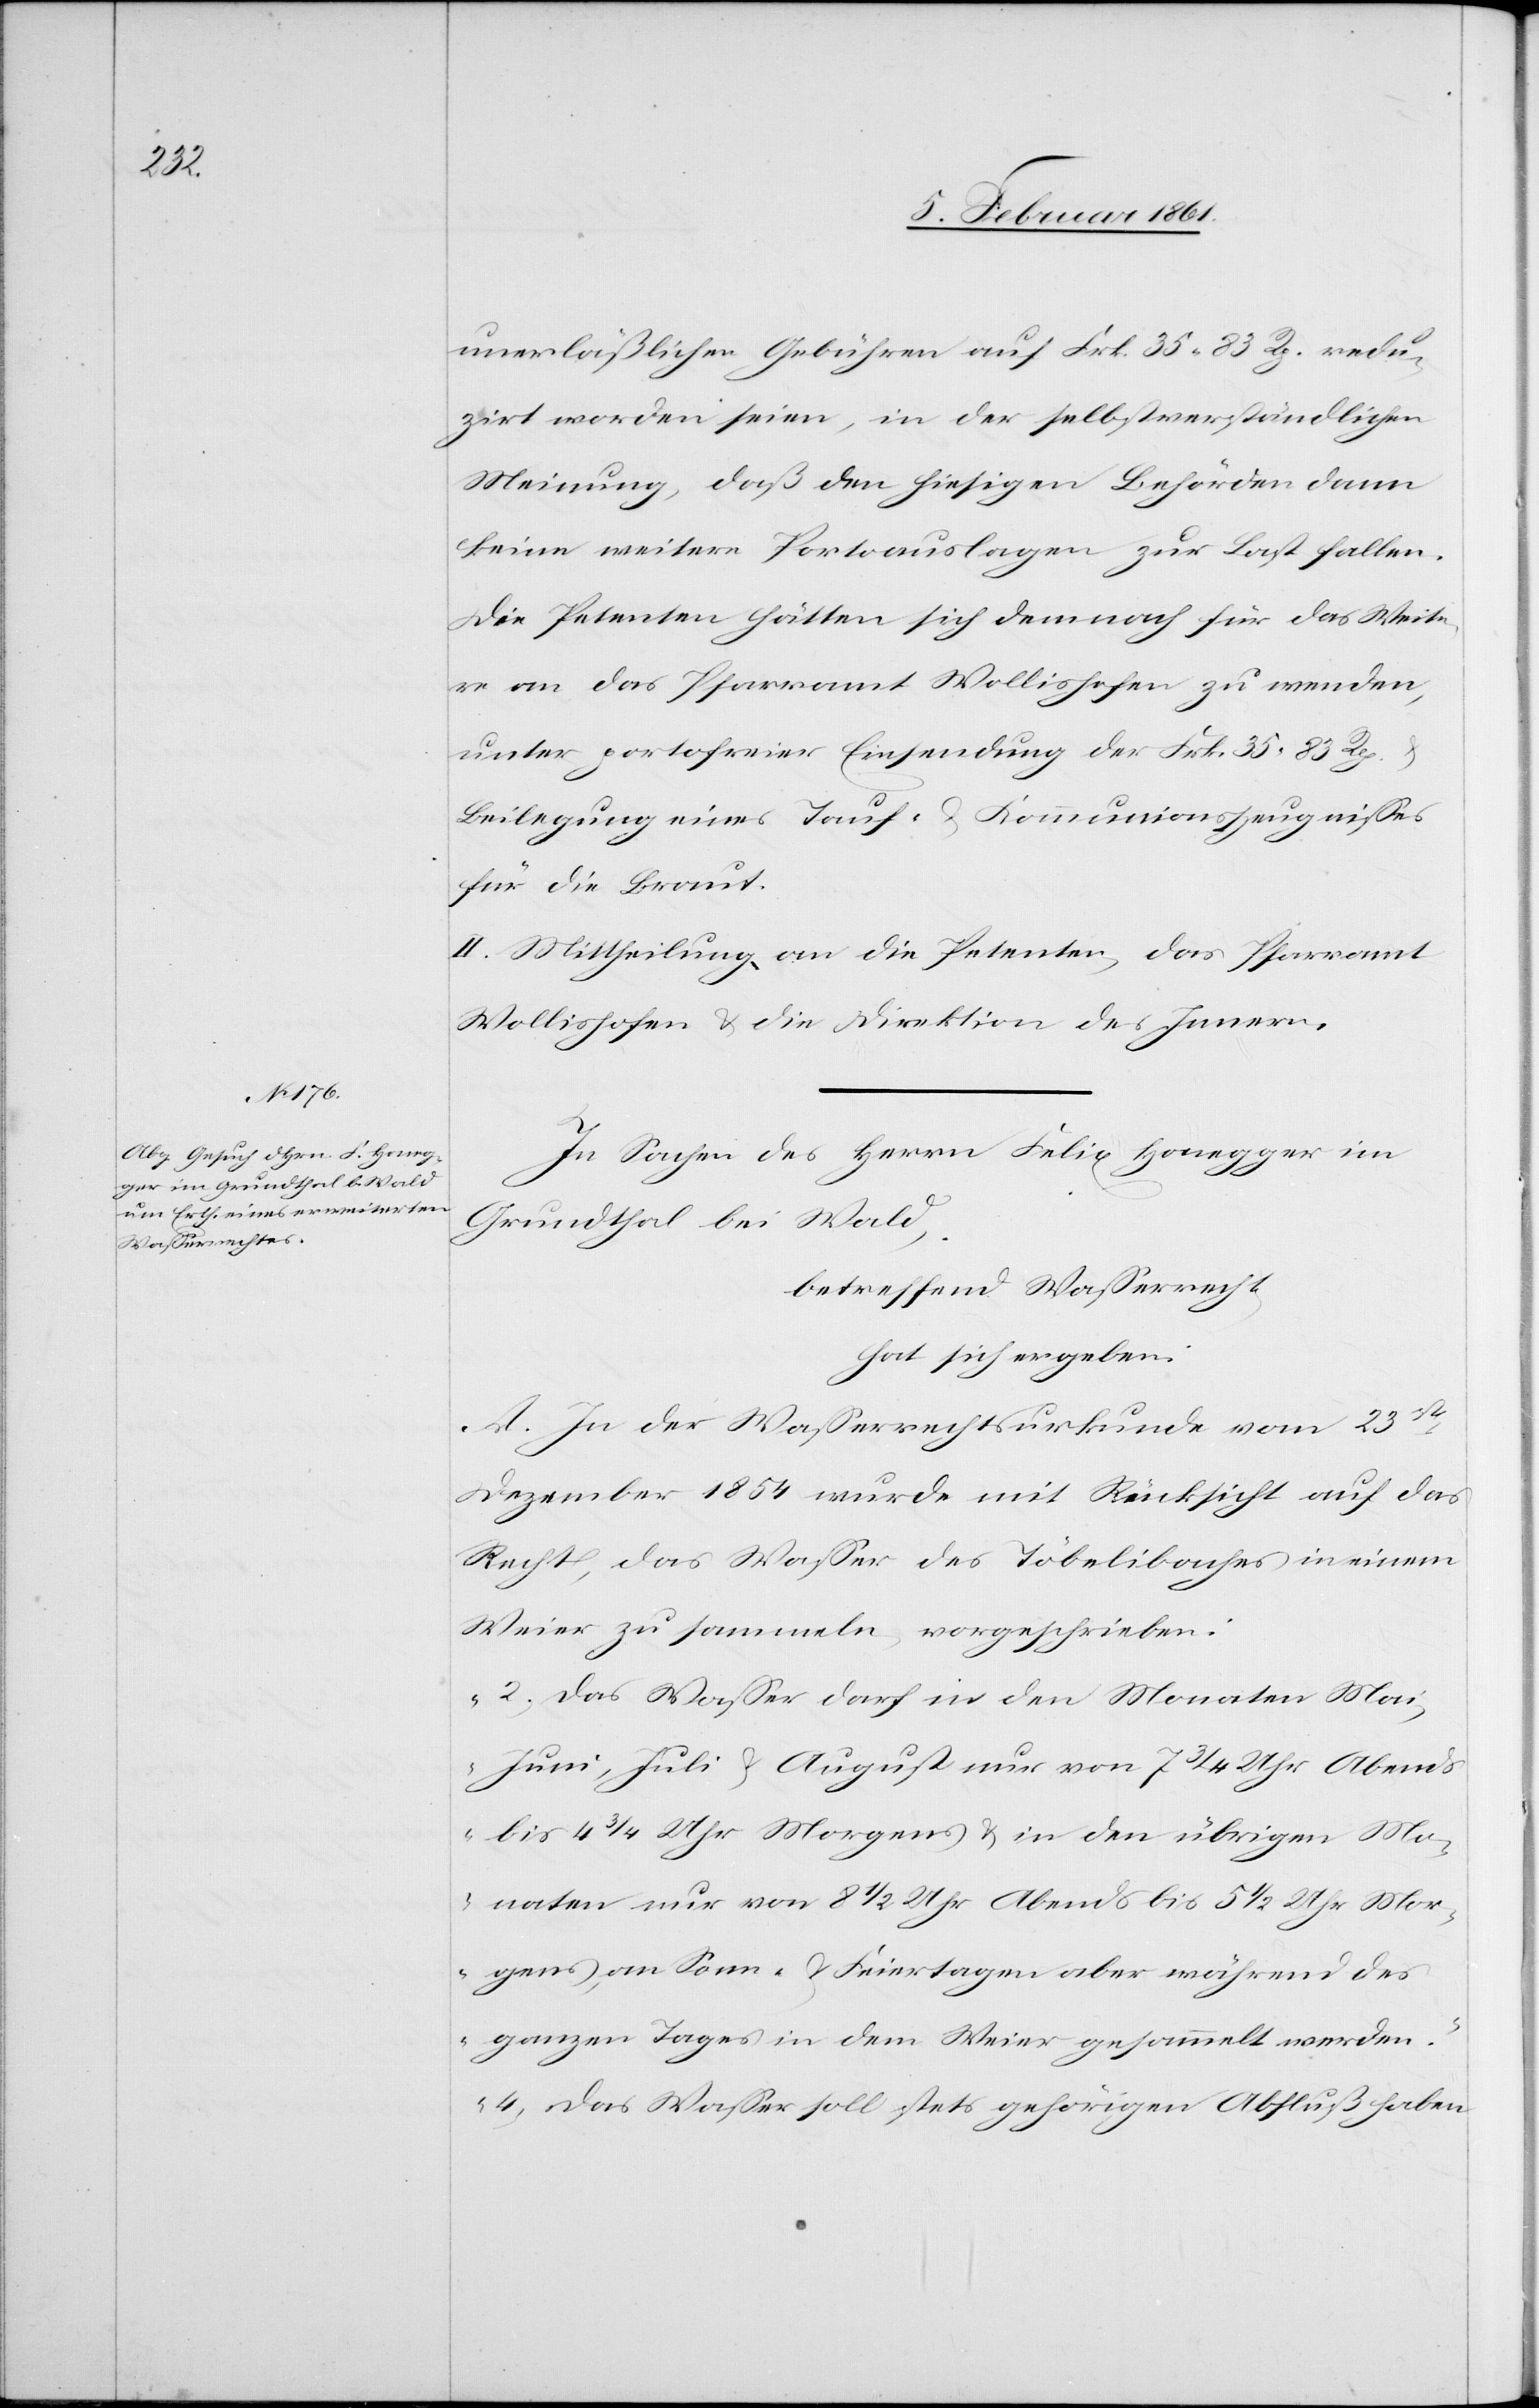
unerläßlichen Gebühren auf Frk. 35 83 Rp. redu¬
zirt worden seien, in der selbstverständlichen
Meinung, daß den hiesigen Behörden
keine weitere Portoauslagen zur Last fallen.
Die Petenten hätten sich demnach für das Weite¬
re an das Pfarramt Wollishofen zu wenden,
unter portofreier Einsendung der Frk. 35 83 Rp.
Beilegung eines Tauf- u. Kommunionszeugnisses
für die Braut.
II. Mittheilung an die Petenten, das Pfarramt
Wollishofen u. die Direktion des Innern.
In Sachen des Herrn Felix Honegger im
Grundthal bei Wald,
betreffend Wasserrecht
hat sich ergeben:
A. In der Wasserrechtsurkunde vom 23st
Dezember 1854 wurde mit Rücksicht auf das
Recht, das Wasser des Töbelibaches in einem
Weier zu sammeln, vorgeschrieben:
„2 Das Wasser darf in den Monaten Mai,
Juni, Juli u. August nur von 7 3/4 Uhr Abends
bis 4 3/4 Uhr Morgens u. in den übrigen Mo¬
naten nur von 8 1/2 Uhr Abends bis 5 1/2 Uhr Mor¬
gens, an Sonn- u. Feiertagen aber während des
ganzen Tages in dem Weier gesammelt werden.
4. Das Wasser soll stets gehörigen Abfluß haben